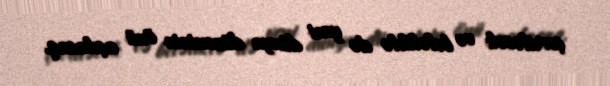
çevriləcək və beləliklə də yeni dünya düzəninin önü açılacaq.